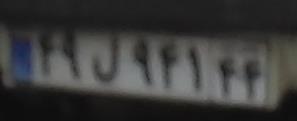
۴۹ل۹۴۱۴۴